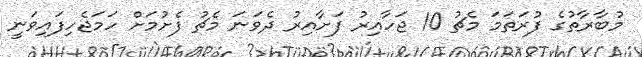
މުބާރާތުގެ ފުރަތަމަ މެޗު 10 ޖަހާއިރު ފަށާއިރު ދެވަނަ މެޗު ފެށުމަށް ހަމަޖެހިފައިވަނީ